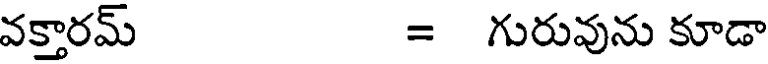
వక్తారమ్ = గురువును కూడా